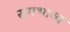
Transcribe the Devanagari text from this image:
समभाव्य